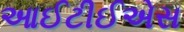
આઈટીઈએસ